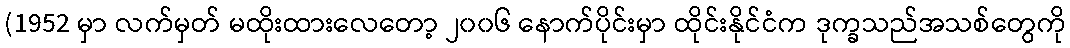
(1952 မှာ လက်မှတ် မထိုးထားလေတော့ ၂၀၀၆ နောက်ပိုင်းမှာ ထိုင်းနိုင်ငံက ဒုက္ခသည်အသစ်တွေကို